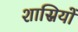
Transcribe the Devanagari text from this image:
शास्रियों